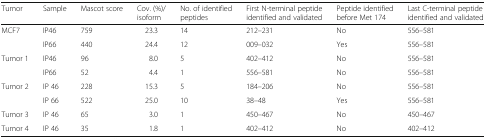
| Tumor | Sample | Mascot score | Cov. (%)/isoform | No. of identified peptides | First N-terminal peptide identified and validated | Peptide identified before Met 174 | Last C-terminal peptide identified and validated |
 | --- | --- | --- | --- | --- | --- | --- | --- |
 | <ROWSPAN=2> MCF7 | IP46 | 759 | 23.3 | 14 | 212–231 | No | 556–581 |
 | IP66 | 440 | 24.4 | 12 | 009–032 | Yes | 556–581 |
 | <ROWSPAN=2> Tumor 1 | IP46 | 96 | 8.0 | 5 | 402–412 | No | 556–581 |
 | IP66 | 52 | 4.4 | 1 | 556–581 | No | 556–581 |
 | <ROWSPAN=2> Tumor 2 | IP 46 | 228 | 15.3 | 5 | 184–206 | No | 556–581 |
 | IP 66 | 522 | 25.0 | 10 | 38–48 | Yes | 556–581 |
 | Tumor 3 | IP 46 | 65 | 3.0 | 1 | 450–467 | No | 450–467 |
 | Tumor 4 | IP 46 | 35 | 1.8 | 1 | 402–412 | No | 402–412 |